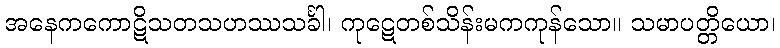
အနေကကောဋိသတသဟဿသင်္ခါ၊ ကုဋေတစ်သိန်းမကကုန်သော။ သမာပတ္တိယော၊